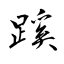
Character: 蹊